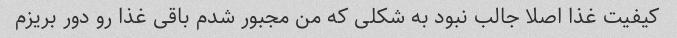
کیفیت غذا اصلا جالب نبود به شکلی که من مجبور شدم باقی غذا رو دور بریزم